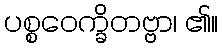
ပစ္စဝေက္ခိတဗ္ဗာ၊ ၏။